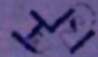
লেখি